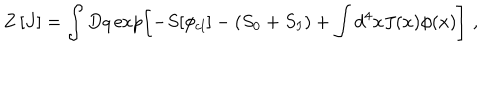
Z \left[ J \right] = \int D q \exp \left[ - S [ \phi _ { c l } ] - ( S _ { 0 } + S _ { I } ) + \int d ^ { 4 } x J ( x ) \phi ( x ) \right] \, \, ,